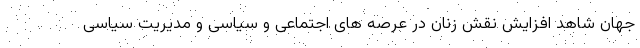
جهان شاهد افزایش نقش زنان در عرصه های اجتماعی و سیاسی و مدیریت سیاسی